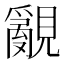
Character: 覶